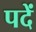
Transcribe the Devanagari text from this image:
पदें